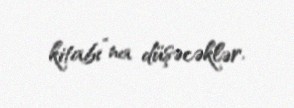
kitabı”na düşəcəklər.